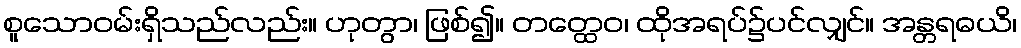
စူသောဝမ်းရှိသည်လည်း။ ဟုတွာ၊ ဖြစ်၍။ တတ္ထေဝ၊ ထိုအရပ်၌ပင်လျှင်။ အန္တရဓယိ၊